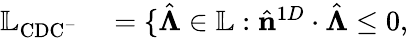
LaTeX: \begin{array}{rl}{\mathbb{L}_{\mathrm{CDC^{-}}}}&{{}=\{ \hat{\boldsymbol{\Lambda}}\in\mathbb{L}:\hat{\mathbf{n}}^{1D}\cdot\hat{\boldsymbol{\Lambda}}\leq 0,}\end{array}